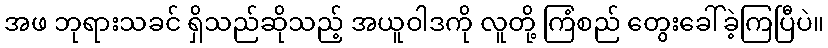
အဖ ဘုရားသခင် ရှိသည်ဆိုသည့် အယူဝါဒကို လူတို့ ကြံစည် တွေးခေါ်ခဲ့ကြပြီပဲ။